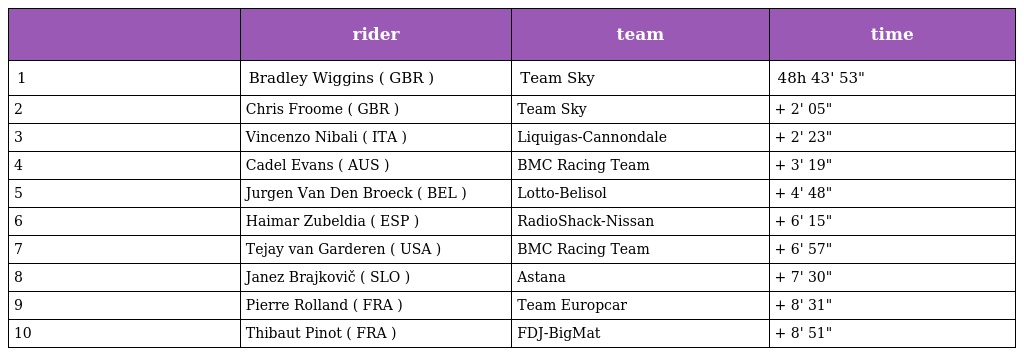
|  | rider | team | time |
 | --- | --- | --- | --- |
 | 1 | Bradley Wiggins ( GBR ) | Team Sky | 48h 43' 53" |
 | 2 | Chris Froome ( GBR ) | Team Sky | + 2' 05" |
 | 3 | Vincenzo Nibali ( ITA ) | Liquigas-Cannondale | + 2' 23" |
 | 4 | Cadel Evans ( AUS ) | BMC Racing Team | + 3' 19" |
 | 5 | Jurgen Van Den Broeck ( BEL ) | Lotto-Belisol | + 4' 48" |
 | 6 | Haimar Zubeldia ( ESP ) | RadioShack-Nissan | + 6' 15" |
 | 7 | Tejay van Garderen ( USA ) | BMC Racing Team | + 6' 57" |
 | 8 | Janez Brajkovič ( SLO ) | Astana | + 7' 30" |
 | 9 | Pierre Rolland ( FRA ) | Team Europcar | + 8' 31" |
 | 10 | Thibaut Pinot ( FRA ) | FDJ-BigMat | + 8' 51" |